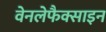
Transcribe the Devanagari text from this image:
वेनलेफैक्साइन